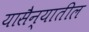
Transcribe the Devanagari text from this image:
यासैन्यातील